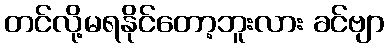
တင်လို့မရနိုင်တော့ဘူးလား ခင်ဗျာ